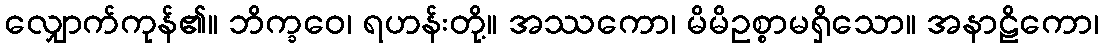
လျှောက်ကုန်၏။ ဘိက္ခဝေ၊ ရဟန်းတို့။ အဿကော၊ မိမိဥစ္စာမရှိသော။ အနာဠိကော၊